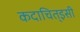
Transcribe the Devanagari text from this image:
कदाचित्‌इसी